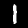
Digit: 1